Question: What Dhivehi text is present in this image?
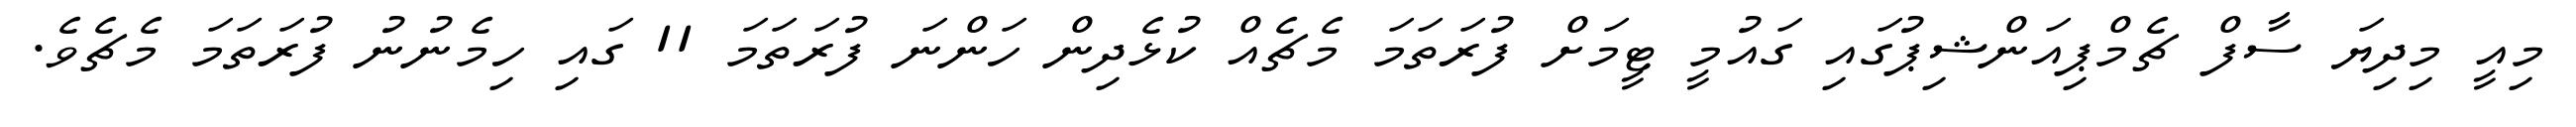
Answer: މިއީ މިދިޔަ ސާފް ޗެމްޕިއަންޝިޕުގައި ގައުމީ ޓީމަށް ފުރަތަމަ މެޗެއް ކުޅެދިން ހަންނަ ފުރަތަމަ 11 ގައި ހިމެނުނު ފުރަތަމަ މެޗެވެ.